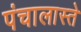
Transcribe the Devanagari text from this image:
पंचालास्ते